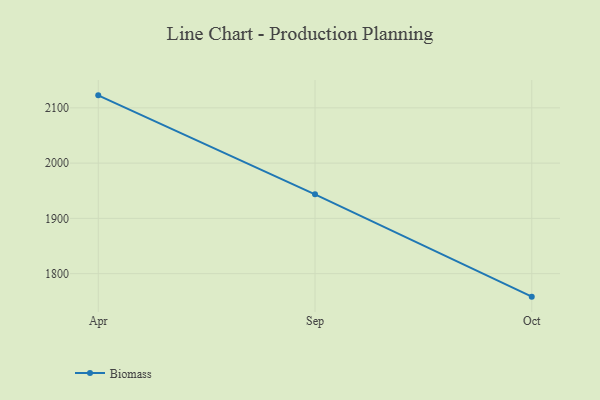
{"axis": {"x": "Month", "y": "Humidity (%)"}, "legend": ["Biomass"], "data": [{"x": "Apr", "y": 2122.6, "type": "Biomass"}, {"x": "Sep", "y": 1943.6, "type": "Biomass"}, {"x": "Oct", "y": 1758.4, "type": "Biomass"}]}